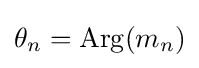
\theta _{n}=\operatorname {Arg} (m_{n})